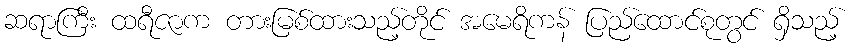
ဆရာကြီး ထရီဇာက တားမြစ်ထားသည့်တိုင် အမေရိကန် ပြည်ထောင်စုတွင် ရှိသည့်